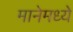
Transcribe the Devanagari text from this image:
मानेमध्ये